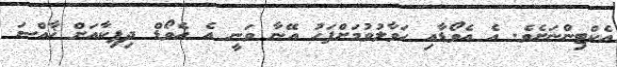
އެކްޓިންނަށެވެ. އެ އެވޯޑާއި ހަވާލުވުމަށްފަހު އޭނާ ވަނީ އެ އެވޯޑް ދިޕިކާއަށް ޚާއްސަ